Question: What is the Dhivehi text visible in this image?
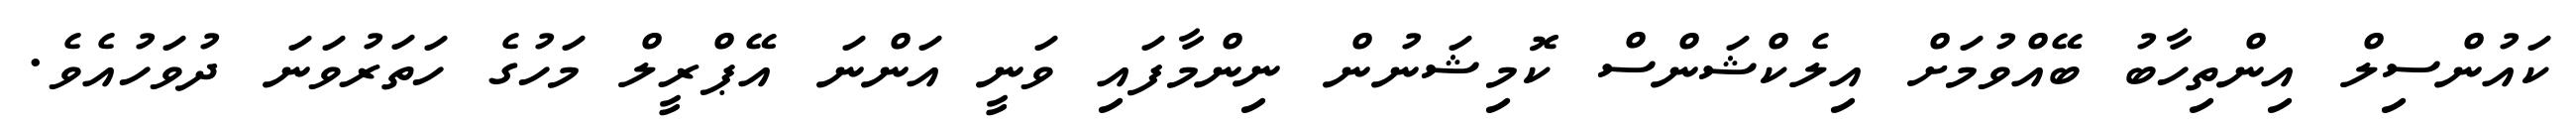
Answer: ކައުންސިލް އިންތިހާބު ބޭއްވުމަށް އިލެކްޝަންސް ކޮމިޝަނުން ނިންމާފައި ވަނީ އަންނަ އޭޕްރީލް މަހުގެ ހަތަރުވަނަ ދުވަހުއެވެ.